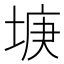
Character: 𡌻